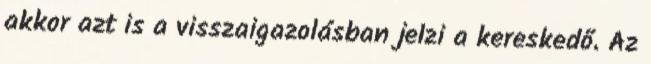
akkor azt is a visszaigazolásban jelzi a kereskedő. Az